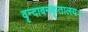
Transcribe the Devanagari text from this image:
वृन्दावनकृतालयः।